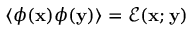
\langle \phi ( \mathbf { x } ) \phi ( \mathbf { y } ) \rangle = \mathcal { E } ( \mathbf { x } ; \mathbf { y } )